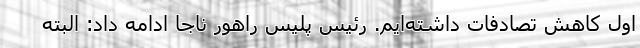
اول کاهش تصادفات داشته‌ایم. رئیس پلیس راهور ناجا ادامه داد: البته